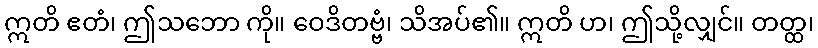
ဣတိ ဧတံ၊ ဤသဘော ကို။ ဝေဒိတဗ္ဗံ၊ သိအပ်၏။ ဣတိ ဟ၊ ဤသို့လျှင်။ တတ္ထ၊